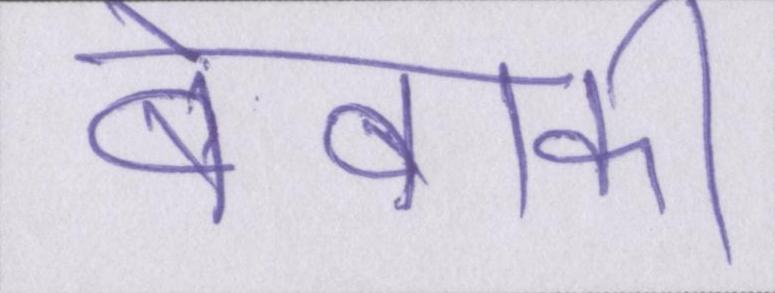
बेबाकी